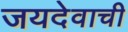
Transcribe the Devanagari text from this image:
जयदेवाची